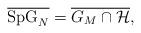
LaTeX: \begin{align*}\overline{\operatorname{SpG}_N} = \overline{G_M\cap \mathcal H},\end{align*}